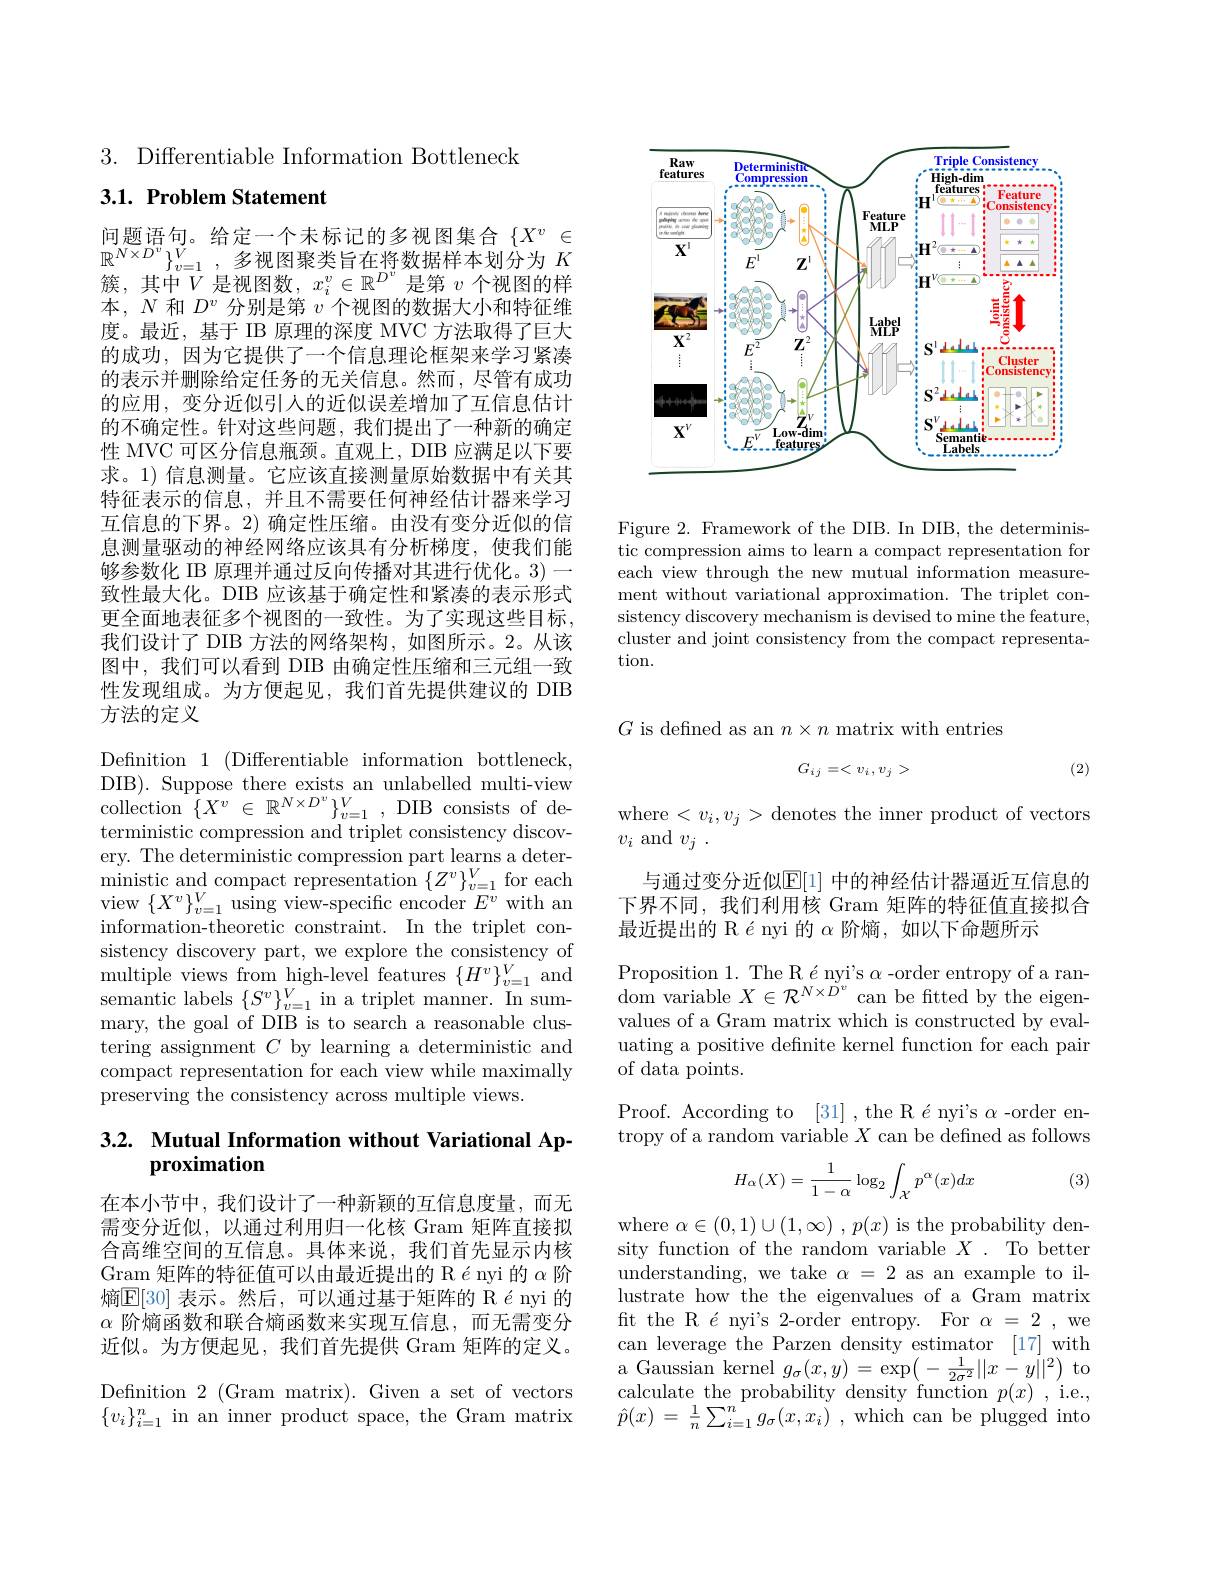
3. Differentiable Information Bottleneck

## 3.1. Problem Statement

$\begin{array}{cc}\text{问题语句。给定一个未标记的多视图集合}\{X^v\in\\\mathbb{R}^{N\times D^v}\}_{v=1}^V,\text{多视图聚类旨在将数据样本划分为}K\\\text{签 中中 }Y\text{ 目 视网数 }_{-v}^v\subset\mathbb{R}D^v\text{ 目答}_{-\text{ 个}}\text{ 视网的半}\end{array}$ 簇，其中$V$是视图数，$x_i^v\in\mathbb{R}^D^v$是第$v$个视图的样本，$N$和$D^v$分别是第$v$个视图的数据大小和特征维度。最近，基于 IB 原理的深度 MVC 方法取得了巨大的成功，因为它提供了一个信息理论框架来学习紧凑的表示并删除给定任务的无关信息。然而，尽管有成功的应用，变分近似引人的近似误差增加了互信息估计的不确定性。针对这些问题，我们提出了一种新的确定性 MVC 可区分信息瓶颈。直观上，DIB 应满足以下要求。1) 信息测量。它应该直接测量原始数据中有关其特征表示的信息，并且不需要任何神经估计器来学习互信息的下界。2) 确定性压缩。由没有变分近似的信息测量驱动的神经网络应该具有分析梯度，使我们能够参数化 IB 原理并通过反向传播对其进行优化。3)一致性最大化。DIB 应该基于确定性和紧凑的表示形式更全面地表征多个视图的一致性。为了实现这些目标， 我们设计了 DIB 方法的网络架构，如图所示。2。从该图中，我们可以看到 DIB 由确定性压缩和三元组一致性发现组成。为方便起见，我们首先提供建议的 DIB 方法的定义

Defnition 1 (Differentiable information bottleneck, DIB). Suppose there exists an unlabelled multi-view $\begin{array}{ll}{\mathrm{ollection~}\{X^{v}\in\mathbb{R}^{N\times D^{v}}\}_{v=1}^{V},\mathrm{~DIB~consists~of~de-}}\\{\mathrm{collection~}\{X^{v}\in\mathbb{R}^{N\times D^{v}}\}_{v=1}^{V},\mathrm{~DIB~consists~of~de-}}\end{array}$ terministic compression and triplet consistency discovery. The deterministic compression part learns a deter- $\begin{array}{l}{\mathrm{ministic~and~compact~representation~}\{Z^{v}\}_{v=1}^{V}}&{\mathrm{for~each}}\\{\mathrm{view~}\{X^{v}\}_{v=1}^{V}}&{\mathrm{using~view-specific~encoder~}E^{v}}&{\mathrm{with~an}}\end{array}$ information-theoretic constraint. In the triplet consistency discovery part, we explore the consistency of multiple views from high-level features $\{H^v\}_{v=1}^V$ and $\operatorname*{semantic}\operatorname*{labels}\left\{S^{v}\right\}_{v=1}^{V}$in a triplet manner. In summary, the goal of DIB is to search a reasonable clustering assignment $C$ by learning a deterministic and compact representation for each view while maximally preserving the consistency across multiple views.

## 3.2. Mutual Information without Variational Approximation

在本小节中，我们设计了一种新颖的互信息度量，而无需变分近似，以通过利用归一化核 Gram 矩阵直接拟合高维空间的互信息。具体来说，我们首先显示内核Gram 矩阵的特征值可以由最近提出的 R ényi 的$\alpha$阶熵$\mathbb{E}[30]$ 表示。然后，可以通过基于矩阵的 R ényi 的$\alpha$阶熵函数和联合熵函数来实现互信息，而无需变分近似。为方便起见，我们首先提供 Gram 矩阵的定义。Defnition 2 (Gram matrix). Given a set of vectors $\{v_i\}_{i=1}^n$ in an inner product space, the Gram matrix

<FigureHere>

Figure 2. Framework of the DIB. In DIB, the deterministic compression aims to learn a compact representation for each view through the new mutual information measurement without variational approximation. The triplet consistency discovery mechanism is devised to mine the feature, cluster and joint consistency from the compact representation.

$G$ is defined as an $n\times n$ matrix with entries

(2)
$$G_{ij}=<v_{i},v_{j}>$$
where$<v_i,v_j>$denotes the inner product of vectors
$v_i$ and $v_j.$
与通过变分近似$\mathbb{E}[1]$ 中的神经估计器逼近互信息的下界不同，我们利用核 Gram 矩阵的特征值直接拟合最近提出的 R é nyi 的$\alpha$阶熵，如以下命题所示

Proposition 1. The R é nyi's $\alpha$ -order entropy of a random variable $X\in \mathcal{R} ^{N\times \dot{D} ^{v}}$ can be ftted by the eigenvalues of a Gram matrix which is constructed by evaluating a positive definite kernel function for each pair of data points.
Proof. According to [31] ,the R ényi's $\alpha$-order entropy of a random variable $X$ can be defined as follows
$$\begin{aligned}H_\alpha(X)=\frac{1}{1-\alpha}\log_2\int_{\mathcal{X}}p^\alpha(x)dx\end{aligned}$$
(3)

where $\alpha\in(0,1)\cup(1,\infty)$ , $p(x)$ is the probability density function of the random variable $X.$ To better understanding, we take $\alpha=2$ as an example to illustrate how the the eigenvalues of a Gram matrix ft the R é nyi's 2-order entropy. For $\alpha=2$,we can leverage the Parzen density estimator [17] with $\begin{array}{l}\text{a Gaussian kernel }g_{\sigma}(x,y)=\exp\left(-\frac{1}{2\sigma^{2}}||x-y||^{2}\right)\mathrm{~to}\\\text{calculate the probability density function }p(x)\mathrm{~,~i.e.,}\end{array}$ $\begin{array}{l}\text{calculate the probability density function }p(x)\:,^{\prime}\text{i.e.,}\\\hat{p}(x)\:=\:\frac1n\sum_{i=1}^ng_\sigma(x,x_i)\:,\mathrm{which~can~be~plugged~into}\end{array}$